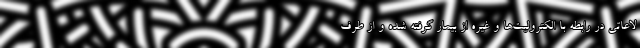
لاعاتی در رابطه با الکترولیت‌ها و غیره از بیمار گرفته شده و از طرف